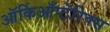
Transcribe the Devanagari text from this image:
ऑर्किआँप्टेरिक्स